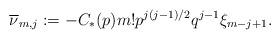
LaTeX: \begin{align*}\overline \nu_{m,j} := - C_*(p) m! p^{j(j-1)/2} q^{j-1} \xi_{m-j+1} .\end{align*}